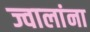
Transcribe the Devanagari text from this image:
ज्वालांना